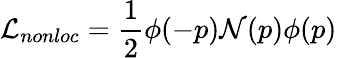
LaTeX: {\cal L}_{nonloc}={\frac{1}{2}}\phi(-p){\cal N}(p)\phi(p)